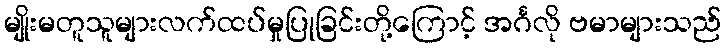
မျိုးမတူသူများလက်ထပ်မှုပြုခြင်းတို့ကြောင့် အင်္ဂလို ဗမာများသည်